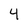
Character: 4